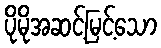
ပိုမိုအဆင့်မြင့်သော